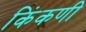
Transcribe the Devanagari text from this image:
किंकणी